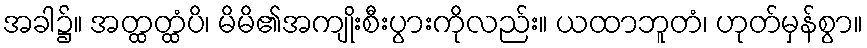
အခါ၌။ အတ္ထတ္ထံပိ၊ မိမိ၏အကျိုးစီးပွားကိုလည်း။ ယထာဘူတံ၊ ဟုတ်မှန်စွာ။